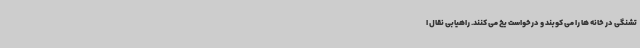
تشنگی در خانه ها را می کوبند و درخواست یخ می کنند. راهیابی نقال ا